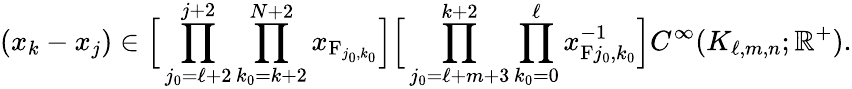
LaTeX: (x_{k}-x_{j})\in\Big[\prod_{j_{0}=\ell+2}^{j+2}\prod_{k_{0}=k+2}^{N+2}x_{\mathrm{F}_{j_{0},k_{0}}}\Big]\Big[\prod_{j_{0}=\ell+m+3}^{k+2}\prod_{k_{0}=0}^{\ell}x_{\mathrm{F}{j_{0},k_{0}}}^{-1}\Big]C^{\infty}(K_{\ell,m,n};\mathbb{R}^{+}).